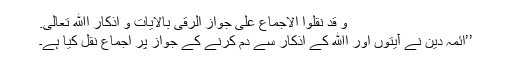
و قد نقلوا الاجماع علٰی جواز الرقیٰ بالاٰيات و اذکار اﷲ تعالٰی.
’’ائمہ دین نے آیتوں اور اﷲ کے اذکار سے دم کرنے کے جواز پر اجماع نقل کیا ہے۔